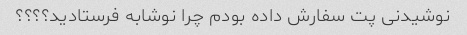
نوشیدنی پت سفارش داده بودم چرا نوشابه فرستادید؟؟؟؟